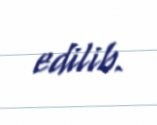
edilib.